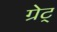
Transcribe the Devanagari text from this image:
ग्रेट्